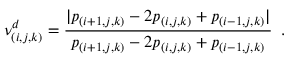
\nu _ { ( i , j , k ) } ^ { d } = \frac { | p _ { ( i + 1 , j , k ) } - 2 p _ { ( i , j , k ) } + p _ { ( i - 1 , j , k ) } | } { p _ { ( i + 1 , j , k ) } - 2 p _ { ( i , j , k ) } + p _ { ( i - 1 , j , k ) } } \, \mathrm { ~ . ~ }